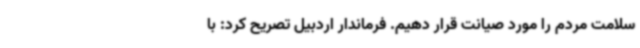
سلامت مردم را مورد صیانت قرار دهیم. فرماندار اردبیل تصریح کرد: با